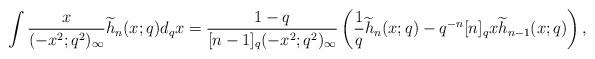
LaTeX: \begin{align*} &\int \frac{x}{(-x^2;q^2)_\infty} \widetilde{h}_n(x;q) d_qx= \frac{1-q}{[n-1]_q(-x^2;q^2)_\infty}\left( \frac{1}{q}\widetilde{h}_n(x;q)- q^{-n} [n]_q x \widetilde{h}_{n-1}(x;q)\right), \end{align*}